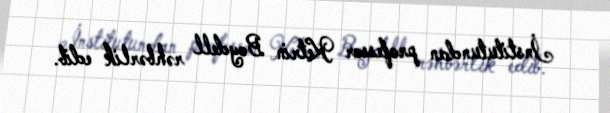
İnstitutundan professor Ketrin Boydell rəhbərlik edib.